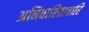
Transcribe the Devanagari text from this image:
अनिवारिताचारि